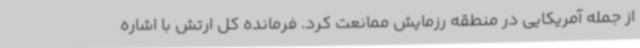
از جمله آمریکایی در منطقه رزمایش ممانعت کرد. فرمانده کل ارتش با اشاره